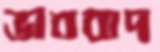
ভাববাদ